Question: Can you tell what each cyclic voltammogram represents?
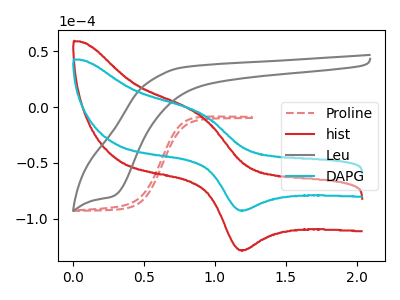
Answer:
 <answer>The red dashed curve is labeled "Proline". The red curve is labeled "hist". The gray curve is labeled "Leu". The cyan curve is labeled "DAPG".</answer>
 <eval></eval>